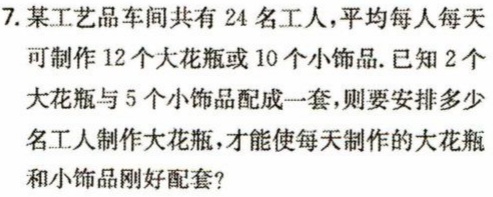
7. 某工艺品车间共有 24 名工人，平均每人每天

可制作 12 个大花瓶或 10 个小饰品.已知 2 个

大花瓶与 5 个小饰品配成一套，则要安排多少

名工人制作大花瓶，才能使每天制作的大花瓶

和小饰品刚好配套？